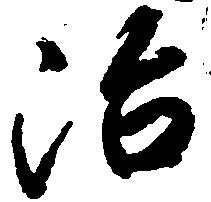
治